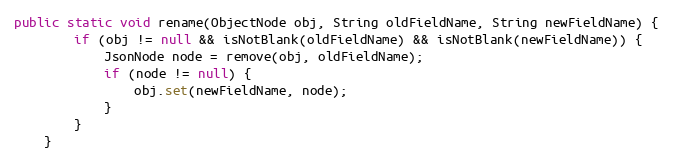
Language: Java
public static void rename(ObjectNode obj, String oldFieldName, String newFieldName) {
		if (obj != null && isNotBlank(oldFieldName) && isNotBlank(newFieldName)) {
			JsonNode node = remove(obj, oldFieldName);
			if (node != null) {
				obj.set(newFieldName, node);
			}
		}
	}